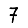
Digit: 7